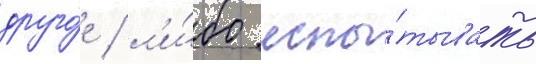
друго́е / л'и́бо испы́тывать